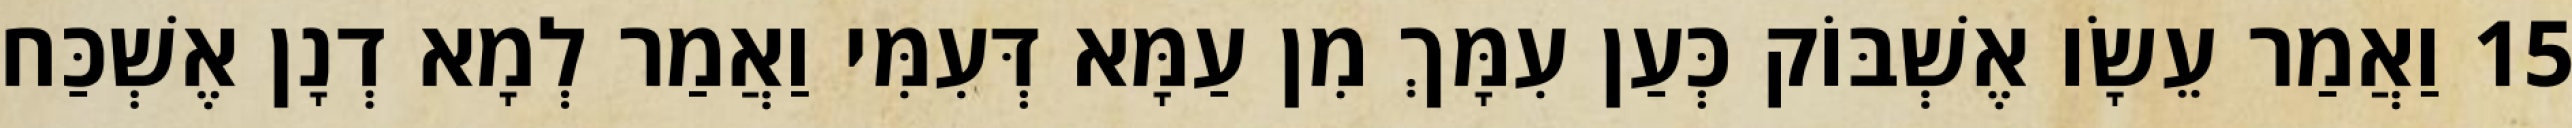
15 וַאֲמַר עֵשָׂו אֶשְׁבּוֹק כְּעַן עִמָּךְ מִן עַמָּא דְּעִמִּי וַאֲמַר לְמָא דְנָן אֶשְׁכַּח